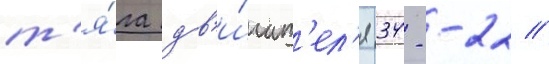
т'я́га дв'и́гат'ел'я 34--22 //